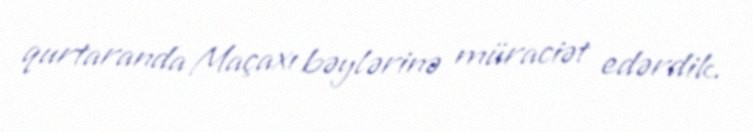
qurtaranda Maçaxı bəylərinə müraciət edərdik.